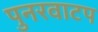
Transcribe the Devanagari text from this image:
पुनरवाटप